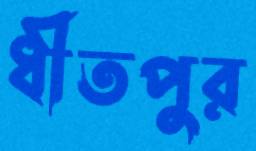
ধীতপুর